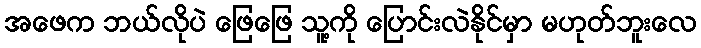
အဖေက ဘယ်လိုပဲ ဖြေဖြေ သူ့ကို ပြောင်းလဲနိုင်မှာ မဟုတ်ဘူးလေ